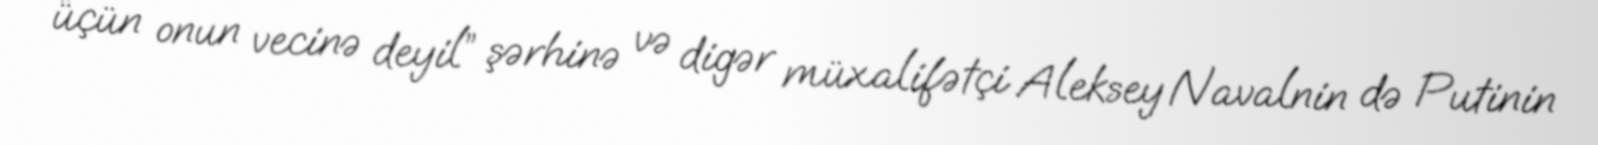
üçün onun vecinə deyil” şərhinə və digər müxalifətçi Aleksey Navalnin də Putinin